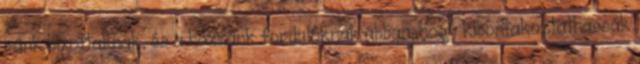
ránk bízottaknak, és a hozzánk fordulóknak abban, hogy kibontakoztathassák